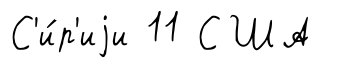
С'и́р'иjи 11 США